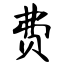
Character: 费